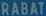
RABAT